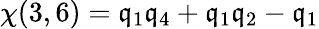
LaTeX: \chi(3,6)=\mathfrak{q}_{1}\mathfrak{q}_{4}+\mathfrak{q}_{1}\mathfrak{q}_{2}-\mathfrak{q}_{1}